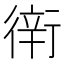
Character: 𧗶